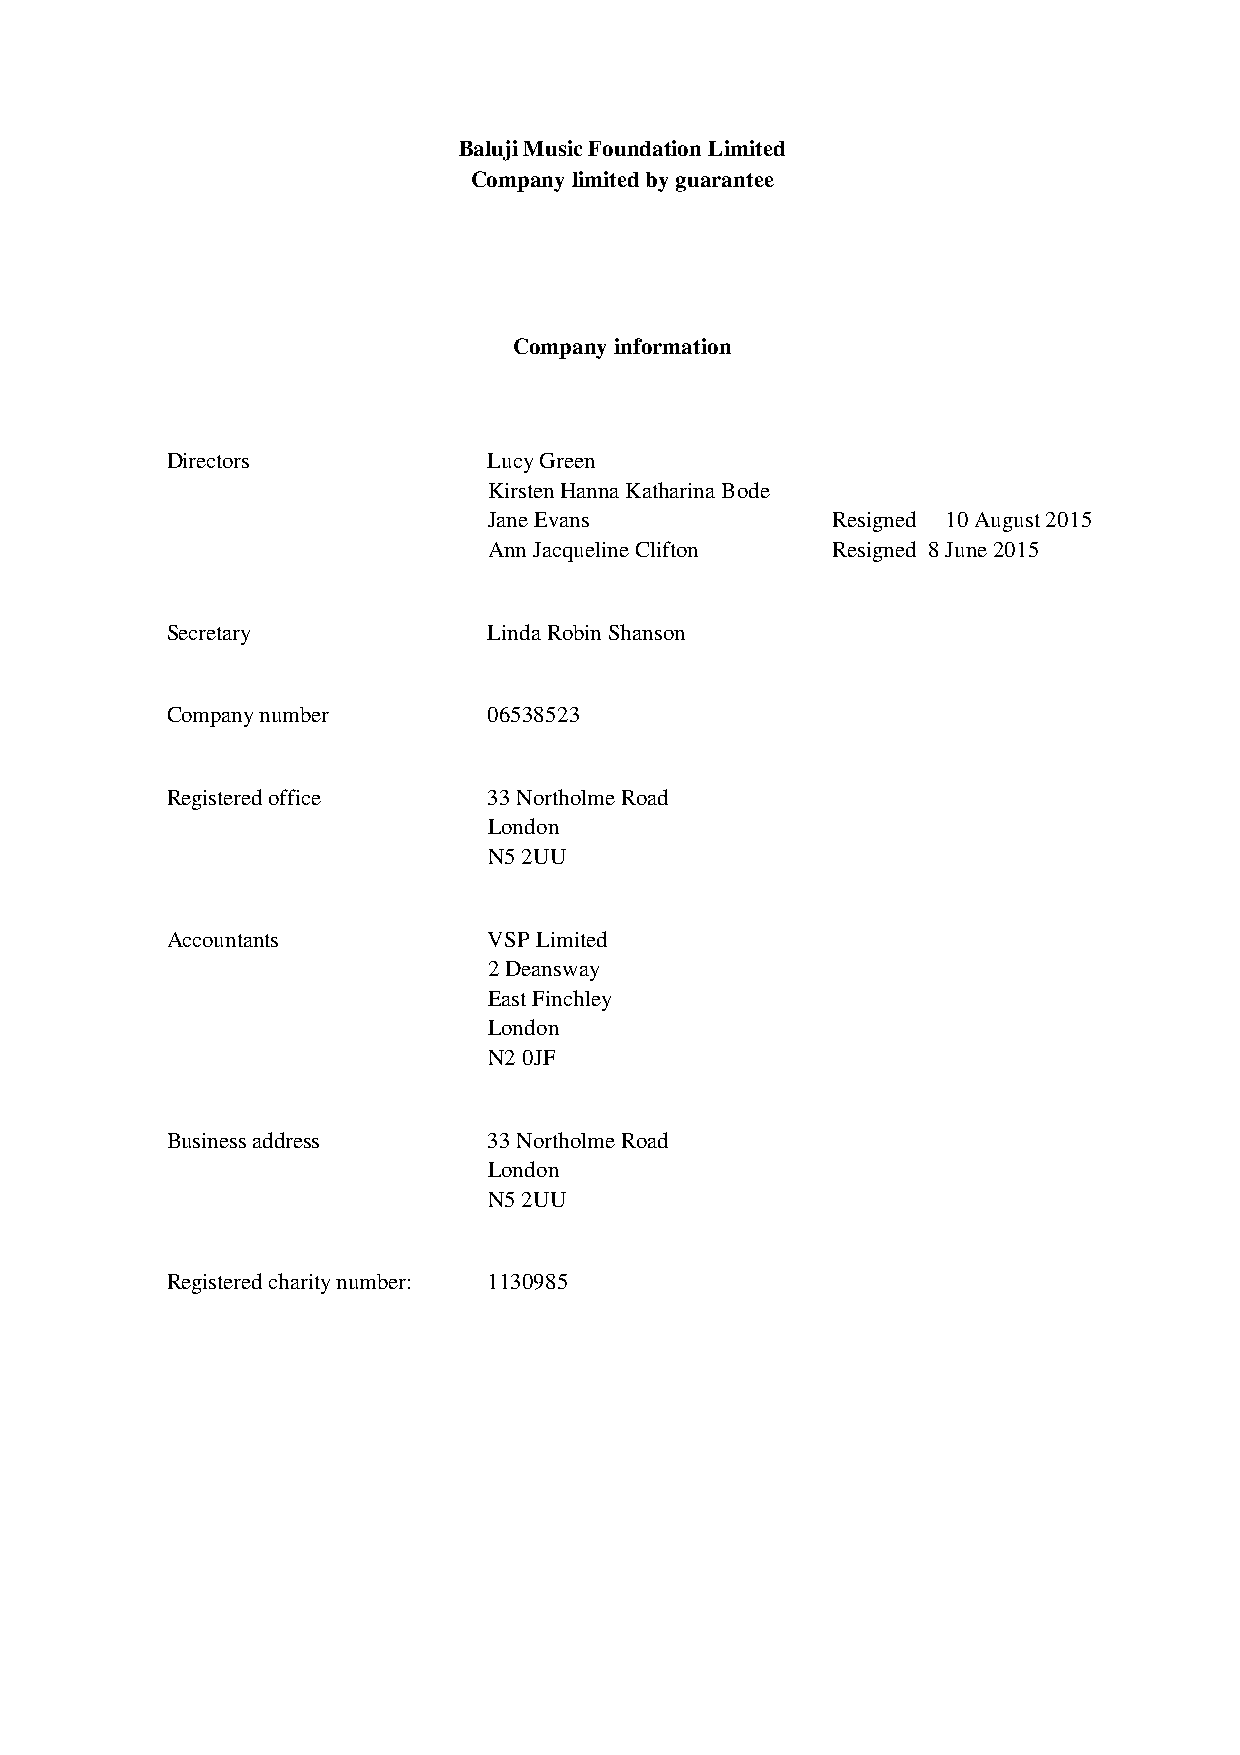
Baluji Music Foundation Limited
 Company limited by guarantee
 Company information
 Directors            Lucy Green
 Kirsten Hanna Katharina Bode
 Jane Evans             Resigned 10 August 2015
 Ann Jacqueline Clifton Resigned 8 June 2015
 Secretary            Linda Robin Shanson
 Company number       06538523
 Registered office    33 Northolme Road
 London
 N5 2UU
 Accountants          VSP Limited
 2 Deansway
 East Finchley
 London
 N2 0JF
 Business address     33 Northolme Road
 London
 N5 2UU
 Registered charity number: 1130985